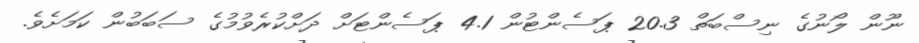
ނޫން ލޯނުގެ ނިސްބަތް 20.3 ޕަސެންޓުން 4.1 ޕަސެންޓަށް ދަށްކުރެވުމުގެ ސަބަބުން ކަމަށެވެ.